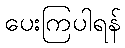
ပေးကြပါရန်